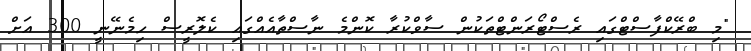
"މި ބްރޭކްފާސްޓްގައި ރެސްޓޯރަންޓްތަކުން ސާވްކުރާ ކޮންމެ ނާސްތާއެއްގައި ކެލޮރީސް ހިމެނޭނީ 300 އަށް